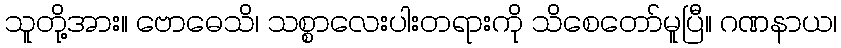
သူတို့အား။ ဗောဓေသိ၊ သစ္စာလေးပါးတရားကို သိစေတော်မူပြီ။ ဂဏနာယ၊